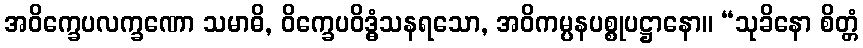
အဝိက္ခေပလက္ခဏော သမာဓိ, ဝိက္ခေပဝိဒ္ဓံသနရသော, အဝိကမ္ပနပစ္စုပဋ္ဌာနော။ “သုခိနော စိတ္တံ